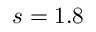
s = 1 . 8